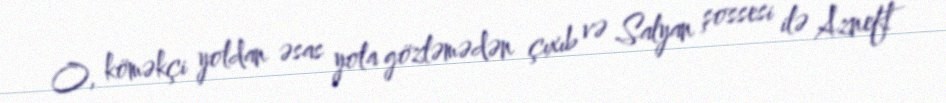
O, köməkçi yoldan əsas yola gözləmədən çıxıb və Salyan şossesi ilə Azneft